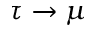
\tau \rightarrow \mu